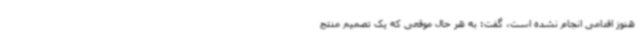
هنوز اقدامی انجام نشده است، گفت: به هر حال موقعی که یک تصمیم منتج